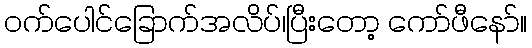
ဝက်ပေါင်ခြောက်အလိပ်၊ပြီးတော့ ကော်ဖီနော်။